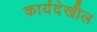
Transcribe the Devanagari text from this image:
कार्यदेखील